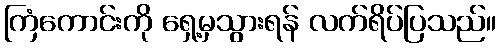
ကြံကောင်းကို ရှေ့မှသွားရန် လက်ရိပ်ပြသည်။